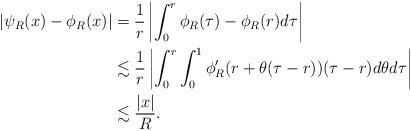
LaTeX: \begin{align*}|\psi_R(x)-\phi_R(x)| &=\frac{1}{r} \left| \int_0^{r} \phi_R(\tau) - \phi_R(r) d\tau\right| \\&\lesssim \frac{1}{r} \left|\int_0^r \int_0^1 \phi'_R(r+\theta(\tau-r)) (\tau-r) d\theta d\tau \right| \\&\lesssim \frac{|x|}{R}.\end{align*}